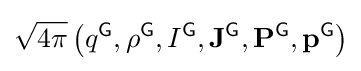
{\sqrt {4\pi }}\left(q^{\textsf {G}},\rho ^{\textsf {G}},I^{\textsf {G}},\mathbf {J} ^{\textsf {G}},\mathbf {P} ^{\textsf {G}},\mathbf {p} ^{\textsf {G}}\right)